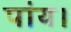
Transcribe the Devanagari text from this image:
पांय।